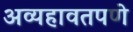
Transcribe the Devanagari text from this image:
अव्यहावतपणे